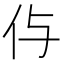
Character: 𠇐